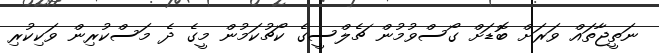
ނަތީޖާތައް ވަރަށް ބޮޑަށް ގޯސްވުމުން ޗެލްސީގެ ކޯޗުކަމުން މީގެ ދެ މަސްކުރިން ވަކިކުރި